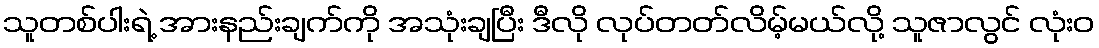
သူတစ်ပါးရဲ့ အားနည်းချက်ကို အသုံးချပြီး ဒီလို လုပ်တတ်လိမ့်မယ်လို့ သူဇာလွင် လုံးဝ